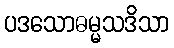
ပဒသောဓမ္မသဒိသာ